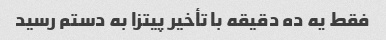
فقط یه ده دقیقه با تأخیر پیتزا به دستم رسید